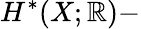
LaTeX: H^{\ast}(X;\mathbb{R})-